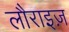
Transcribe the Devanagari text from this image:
लौराइज़